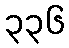
၃၃၆